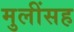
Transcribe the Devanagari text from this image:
मुलींसह